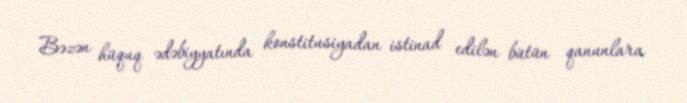
Bəzən hüquq ədəbiyyatında konstitusiyadan istinad edilən bütün qanunlara